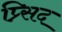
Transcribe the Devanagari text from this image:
प्र्सिद